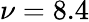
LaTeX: \nu=8.4